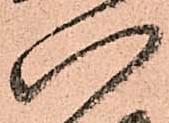
八